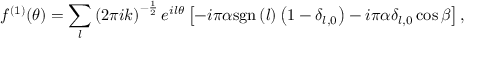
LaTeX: f ^ { \left( 1 \right) } ( \theta ) = \sum _ { l } \left( 2 \pi i k \right) ^ { - \frac { 1 } { 2 } } e ^ { i l \theta } \left[ - i \pi \alpha \mathrm { s g n } \left( l \right) \left( 1 - \delta _ { l , 0 } \right) - i \pi \alpha \delta _ { l , 0 } \cos \beta \right] ,